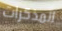
المذكرات